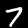
Digit: 7